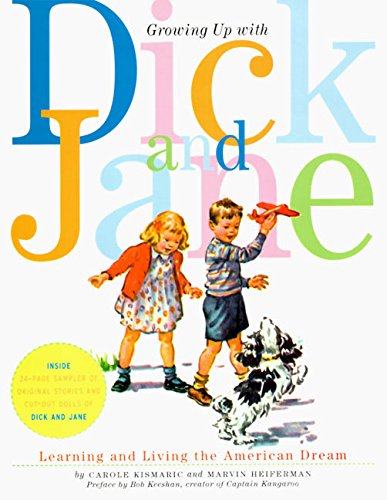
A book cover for Growing Up with Dick and Jane: Learning and Living the American Dream; Carole Kismaric; Crafts, Hobbies & Home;